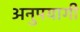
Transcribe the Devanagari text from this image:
अनुपयागी